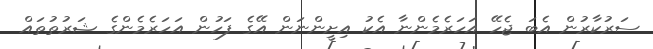
ސަރުކާރުން އެބަ ޖެހޭ އަހަރެމެންނާ އެކު އިށީންނަން އޭގެ ފަހުން އަހަރެމެންގެ ޝަރުތުތައް